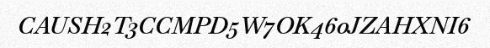
CAUSH2T3CCMPD5W7OK460JZAHXNI6